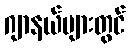
ဂျာနယ်များတွင်